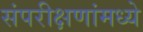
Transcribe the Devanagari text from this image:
संपरीक्षणांमध्ये